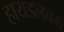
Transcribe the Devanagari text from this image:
हायडलबर्ग